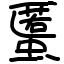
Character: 𧏾